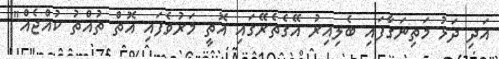
އަދި ދަޅު މަތިނަގާފައި ބެލިއިރު އޭގެތެރޭގައި އޮތީ މަރުވެފައި އޮތް ތުއްތު ކުއްޖެއް"